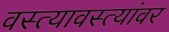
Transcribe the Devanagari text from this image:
वस्त्यावस्त्यांवर